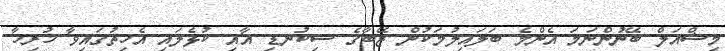
މިޝްއަލް ބޭނުންނަމަ އެންމެ ބަލައިލުމަކުން ޒޭބާގެ ސިކުނޑި އާއި ކުޅެލައި އެހިތުގައިވާ ހުރިހާ